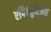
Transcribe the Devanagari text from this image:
एपिक्युरिअस